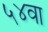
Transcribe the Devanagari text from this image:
५४वा